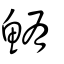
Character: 鮪